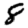
Digit: 8